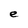
Character: e